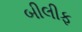
બીલીફ